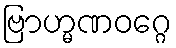
ဗြာဟ္မဏဝဂ္ဂေ